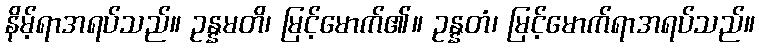
နိမ့်ရာအရပ်သည်။ ဥန္နမတိ၊ မြင့်မောက်၏။ ဥန္နတံ၊ မြင့်မောက်ရာအရပ်သည်။